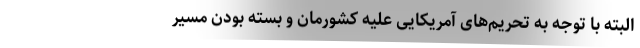
البته با توجه به تحریم‌های آمریکایی علیه کشورمان و بسته بودن مسیر